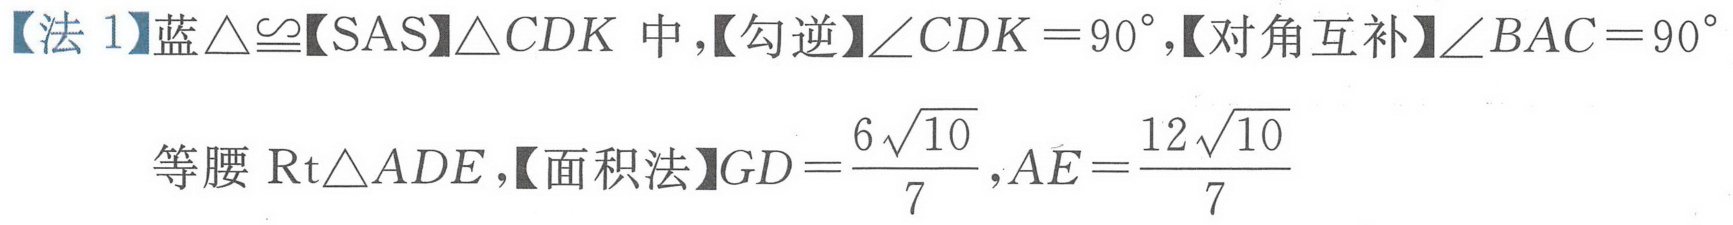
【法 1】蓝$\triangle\cong$【SAS】$\triangle CDK$中，【勾逆】$\angle CDK = 90^{\circ}$,【对角互补】$\angle BAC = 90^{\circ}$
等腰$\mathrm{Rt}\triangle ADE$,【面积法】$GD=\frac{6\sqrt{10}}{7},AE = \frac{12\sqrt{10}}{7}$